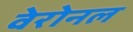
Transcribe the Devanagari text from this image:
वेरोनल